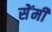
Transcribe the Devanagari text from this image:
सेेंमी